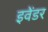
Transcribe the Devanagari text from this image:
इवेंडर